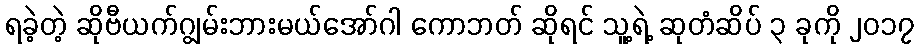
ရခဲ့တဲ့ ဆိုဗီယက်ဂျွမ်းဘားမယ်အော်ဂါ ကောဘတ် ဆိုရင် သူ့ရဲ့ ဆုတံဆိပ် ၃ ခုကို ၂၀၁၇